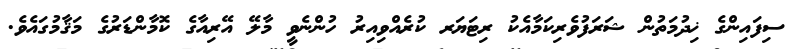
ސިފައިންގެ ޚިދުމަތުން ޝަރަފުވެރިކަމާއެކު ރިޓަޔަރ ކުރެއްވިއިރު ހުންނެވީ މާލޭ އޭރިއާގެ ކޮމާންޑަރުގެ މަޤާމުގައެވެ.